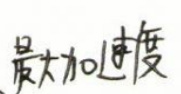
最大加速度